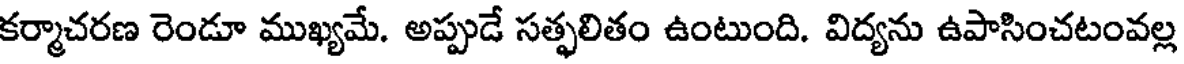
కర్మాచరణ రెండూ ముఖ్యమే. అప్పుడే సత్ఫలితం ఉంటుంది. విద్యను ఉపాసించటంవల్ల